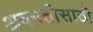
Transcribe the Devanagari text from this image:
अवनतीसाठी